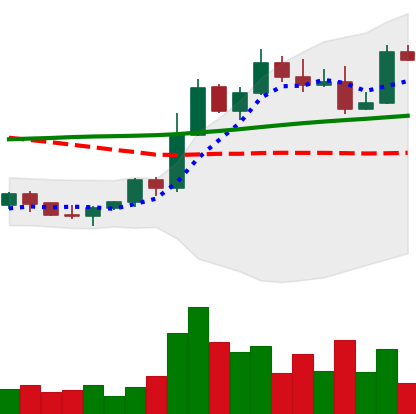
Ticker: ETH-USD
Chart end date: 2022-11-05
Forward return: -20.179%
Label: down_7plus